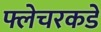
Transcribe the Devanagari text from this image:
फ्लेचरकडे